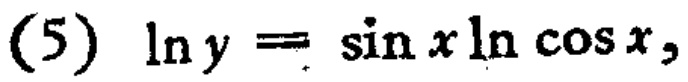
(5) \(\ln y = \sin x\ln\cos x\)